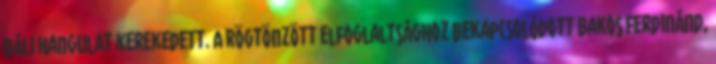
báli hangulat kerekedett. A rögtönzött elfoglaltsághoz bekapcsolódott Bakos Ferdinánd,